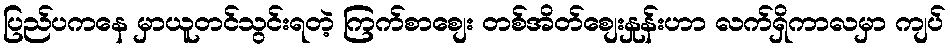
ပြည်ပကနေ မှာယူတင်သွင်းရတဲ့ ကြက်စာစျေး တစ်အိတ်စျေးနှုန်းဟာ လက်ရှိကာလမှာ ကျပ်